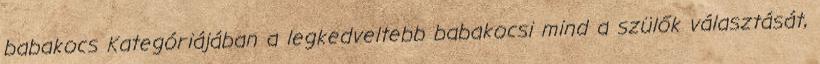
babakocs Kategóriájában a legkedveltebb babakocsi mind a szülők választását,